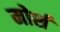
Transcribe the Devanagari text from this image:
मोर्श